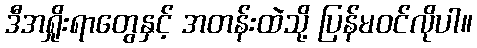
ဒီအရှိုးရာတွေနှင့် အတန်းထဲသို့ ပြန်မဝင်လိုပါ။